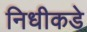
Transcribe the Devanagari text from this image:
निधीकडे